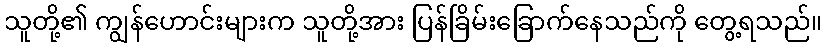
သူတို့၏ ကျွန်ဟောင်းများက သူတို့အား ပြန်ခြိမ်းခြောက်နေသည်ကို တွေ့ရသည်။